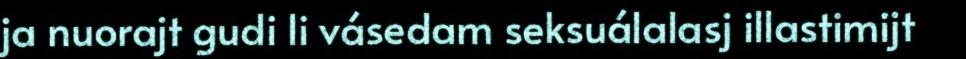
ja nuorajt gudi li vásedam seksuálalasj illastimijt